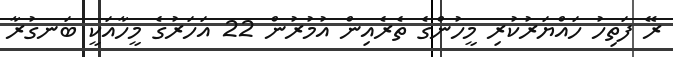
ރޭ ފަތިހު ހައްޔަރުކުރި މީހުންގެ ތެރެއިން އުމުރުން 22 އަހަރުގެ މީހާއަކީ ބަނގުރާ